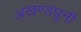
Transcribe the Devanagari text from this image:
अखण्डधूनी